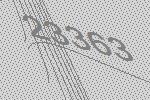
23363